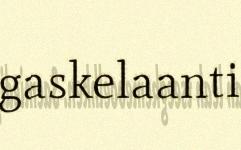
gaskelaanti